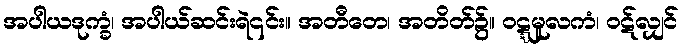
အပါယဒုက္ခံ၊ အပါယ်ဆင်းရဲ၎င်း။ အတီတေ၊ အတိတ်၌။ ဝဋ္ဋမူလကံ၊ ဝဋ်လျှင်